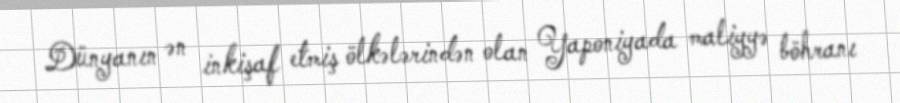
Dünyanın ən inkişaf etmiş ölkələrindən olan Yaponiyada maliyyə böhranı